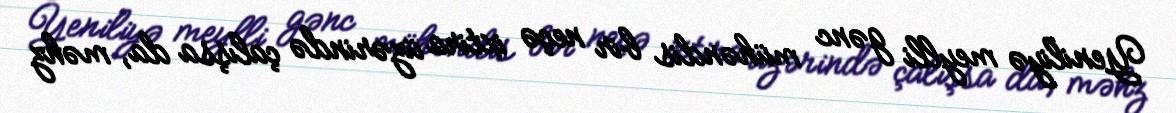
Yeniliyə meylli gənc mühəndis bir neçə ixtira üzərində çalışsa da, məhz